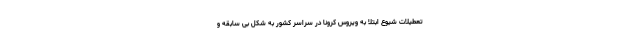
تعطیلات شیوع ابتلا به ویروس کرونا در سراسر کشور به شکل بی سابقه و